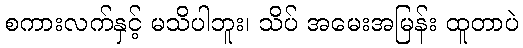
စကားလက်နှင့် မသိပါဘူး၊ သိပ် အမေးအမြန်း ထူတာပဲ